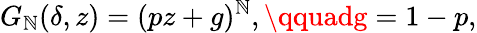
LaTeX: G_{\mathbb{N}}(\delta,z)=(pz+g)^{\mathbb{N}},\qquadg=1-p,